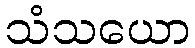
သံသယော